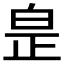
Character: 𤽢